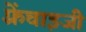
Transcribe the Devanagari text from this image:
फ़्रेंचाइजी